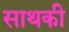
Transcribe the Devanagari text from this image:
साथकी